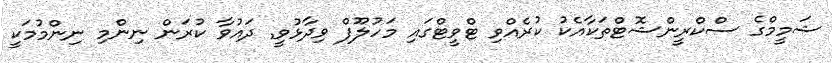
ޝަމީމްގެ ސްކްރީންޝޮޓްތަކާއެކު ކުރެއްވި ޓްވީޓްގައި މަހުލޫފް ވިދާޅުވީ